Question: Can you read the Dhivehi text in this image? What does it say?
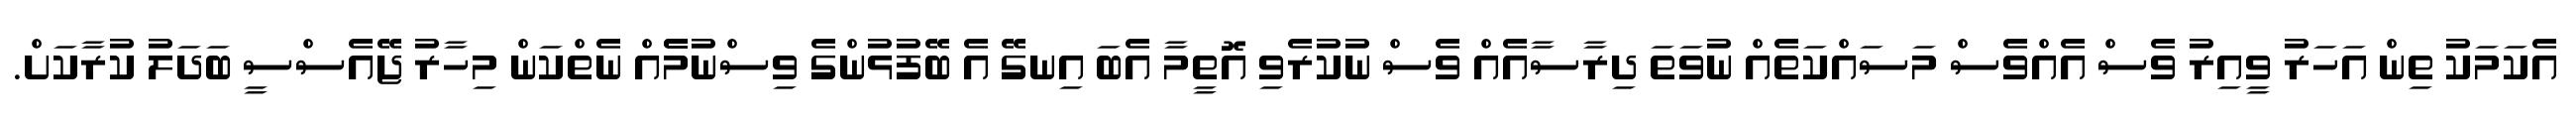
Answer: އެކަމަކު ތިން އަހަރު ވީއިރު ވެސް އެއްވެސް މަސައްކަތެއް ނުވަތަ ދިރާސާއެއް ވެސް ނުކުރެވި އޮތީމާ އެބަ އިނގޭ އެ ބޭފުޅުންގެ ވިސްނުމެެއް ނެތްކަން މިހާރު ޖޭއެސްސީ ބަދަލު ކުރާކަށް.